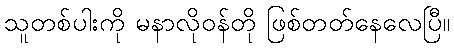
သူတစ်ပါးကို မနာလိုဝန်တို ဖြစ်တတ်နေလေပြီ။